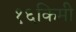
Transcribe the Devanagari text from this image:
१६किमी